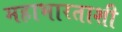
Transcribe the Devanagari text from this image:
महाभारताशी